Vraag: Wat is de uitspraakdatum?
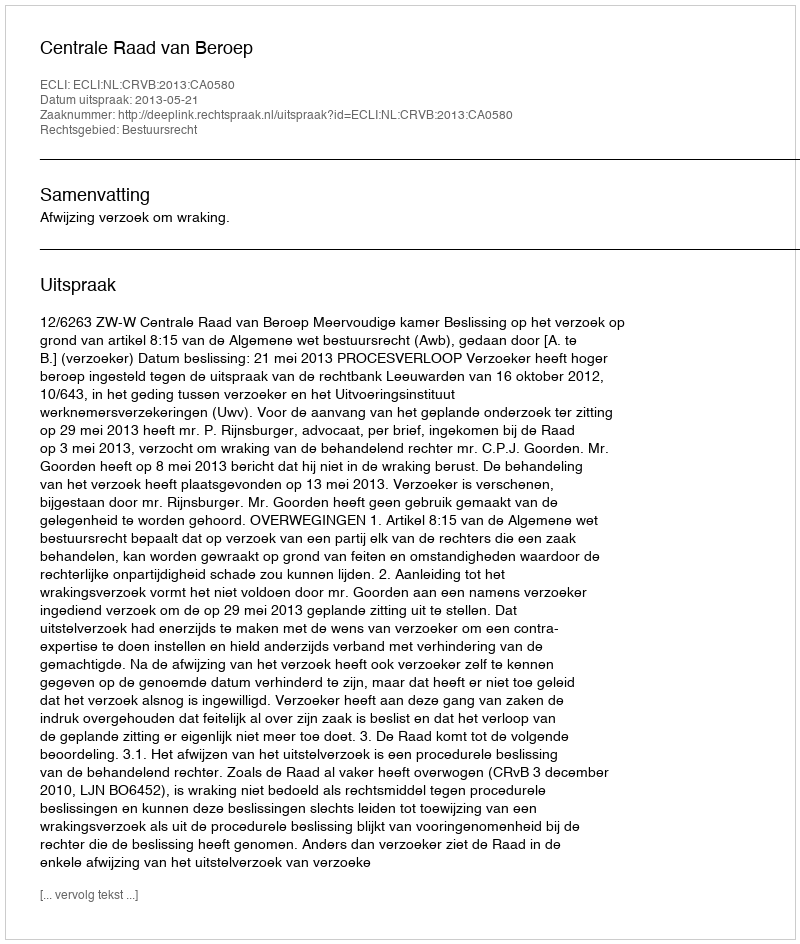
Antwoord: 2013-05-21